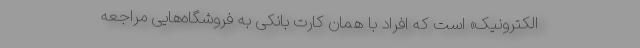
الکترونیک» است که افراد با همان کارت بانکی به فروشگاه‌هایی مراجعه